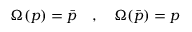
\Omega ( p ) = \bar { p } \quad , \quad \Omega ( \bar { p } ) = p